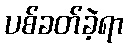
ပစ်ခတ်ခဲ့ရာ